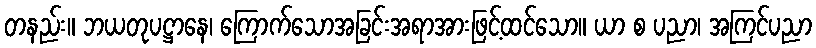
တနည်း။ ဘယတုပဋ္ဌာနေ၊ ကြောက်သောအခြင်းအရာအားဖြင့်ထင်သော။ ယာ စ ပညာ၊ အကြင်ပညာ